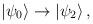
LaTeX: \begin{align*}|\psi_0\rangle \rightarrow |\psi_2\rangle\,,\end{align*}